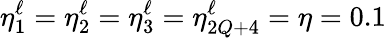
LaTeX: \eta_{1}^{\ell}=\eta_{2}^{\ell}=\eta_{3}^{\ell}=\eta_{2Q+4}^{\ell}=\eta=0.1